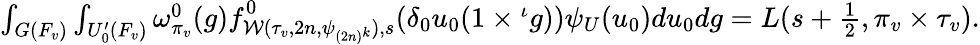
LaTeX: \begin{array}{r}{\int_{G(F_{v})}\int_{U_{0}^{\prime}(F_{v})}\omega_{\pi_{v}}^{0}(g)f_{\mathcal{W}(\tau_{v},2n,\psi_{(2n)^{k}}),s}^{0}(\delta_{0}u_{0}(1\times{^{\iota}g}))\psi_{U}(u_{0})du_{0}dg=L(s+\frac{1}{2},\pi_{v}\times\tau_{v}).}\end{array}